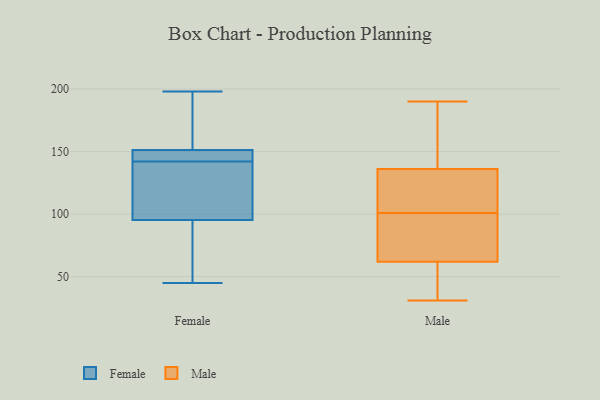
{"axis": {"x": "Headcount", "y": "Value"}, "legend": ["Female", "Male"], "data": [{"x": "", "y": 198, "type": "Female"}, {"x": "", "y": 142, "type": "Female"}, {"x": "", "y": 126, "type": "Female"}, {"x": "", "y": 102, "type": "Female"}, {"x": "", "y": 152, "type": "Female"}, {"x": "", "y": 143, "type": "Female"}, {"x": "", "y": 45, "type": "Female"}, {"x": "", "y": 107, "type": "Female"}, {"x": "", "y": 75, "type": "Female"}, {"x": "", "y": 148, "type": "Female"}, {"x": "", "y": 151, "type": "Female"}, {"x": "", "y": 170, "type": "Female"}, {"x": "", "y": 54, "type": "Female"}, {"x": "", "y": 79, "type": "Male"}, {"x": "", "y": 127, "type": "Male"}, {"x": "", "y": 117, "type": "Male"}, {"x": "", "y": 181, "type": "Male"}, {"x": "", "y": 174, "type": "Male"}, {"x": "", "y": 45, "type": "Male"}, {"x": "", "y": 85, "type": "Male"}, {"x": "", "y": 63, "type": "Male"}, {"x": "", "y": 117, "type": "Male"}, {"x": "", "y": 57, "type": "Male"}, {"x": "", "y": 31, "type": "Male"}, {"x": "", "y": 190, "type": "Male"}, {"x": "", "y": 62, "type": "Male"}, {"x": "", "y": 83, "type": "Male"}, {"x": "", "y": 136, "type": "Male"}, {"x": "", "y": 122, "type": "Male"}, {"x": "", "y": 179, "type": "Male"}, {"x": "", "y": 50, "type": "Male"}]}